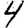
Digit: 4